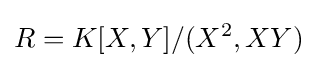
R=K[X,Y]/(X^{2},XY)